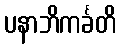
ပနာဘိကင်္ခတိ